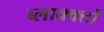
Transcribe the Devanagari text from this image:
ब्लाक्क्तों